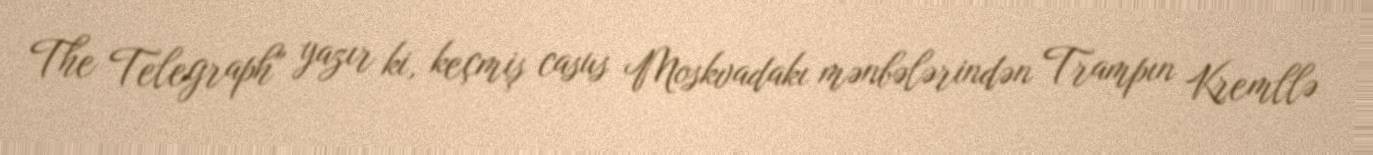
The Telegraph" yazır ki, keçmiş casus Moskvadakı mənbələrindən Trampın Kremllə